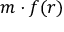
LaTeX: m \cdot f ( r )